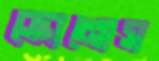
ক্রোনোস